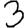
Digit: 3